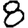
Digit: 8